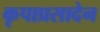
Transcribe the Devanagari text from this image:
कृपाप्रसादेन